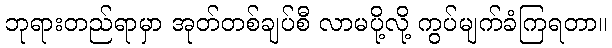
ဘုရားတည်ရာမှာ အုတ်တစ်ချပ်စီ လာမပို့လို့ ကွပ်မျက်ခံကြရတာ။